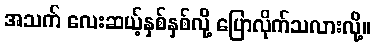
အသက် လေးဆယ့်နှစ်နှစ်လို့ ပြောလိုက်သလားလို့။